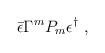
\begin{align*}\bar \epsilon \Gamma^m P_m\epsilon^\dag\ ,\end{align*}